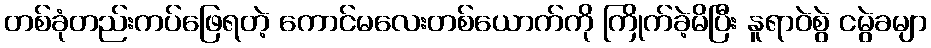
တစ်ခုံတည်းကပ်ဖြေရတဲ့ ကောင်မလေးတစ်ယောက်ကို ကြိုက်ခဲ့မိပြီး နူရာဝဲစွဲ ငမွဲခမျာ